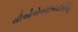
સીઓએનસીએસીએએફ